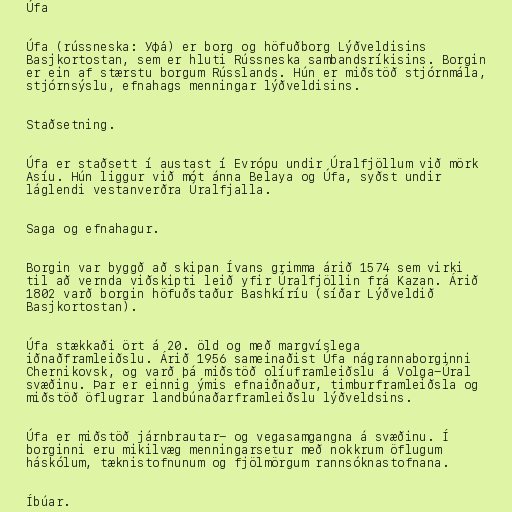
Úfa

Úfa (rússneska: Уфа́) er borg og höfuðborg Lýðveldisins
Basjkortostan, sem er hluti Rússneska sambandsríkisins. Borgin
er ein af stærstu borgum Rússlands. Hún er miðstöð stjórnmála,
stjórnsýslu, efnahags menningar lýðveldisins.

Staðsetning.

Úfa er staðsett í austast í Evrópu undir Úralfjöllum við mörk
Asíu. Hún liggur við mót ánna Belaya og Úfa, syðst undir
láglendi vestanverðra Úralfjalla.

Saga og efnahagur.

Borgin var byggð að skipan Ívans grimma árið 1574 sem virki
til að vernda viðskipti leið yfir Úralfjöllin frá Kazan. Árið
1802 varð borgin höfuðstaður Bashkíríu (síðar Lýðveldið
Basjkortostan).

Úfa stækkaði ört á 20. öld og með margvíslega
iðnaðframleiðslu. Árið 1956 sameinaðist Úfa nágrannaborginni
Chernikovsk, og varð þá miðstöð olíuframleiðslu á Volga-Úral
svæðinu. Þar er einnig ýmis efnaiðnaður, timburframleiðsla og
miðstöð öflugrar landbúnaðarframleiðslu lýðveldsins.

Úfa er miðstöð járnbrautar- og vegasamgangna á svæðinu. Í
borginni eru mikilvæg menningarsetur með nokkrum öflugum
háskólum, tæknistofnunum og fjölmörgum rannsóknastofnana.

Íbúar.